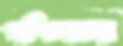
পশ্চিমচর